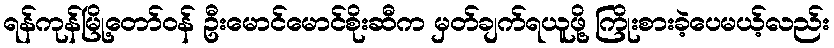
ရန်ကုန်မြို့တော်ဝန် ဦးမောင်မောင်စိုးဆီက မှတ်ချက်ရယူဖို့ ကြိုးစားခဲ့ပေမယ့်လည်း